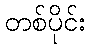
တစ်ပိုင်း